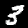
Label: 3